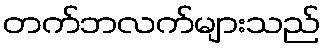
တက်ဘလက်များသည်